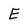
Character: E